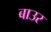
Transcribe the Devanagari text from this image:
बाउर